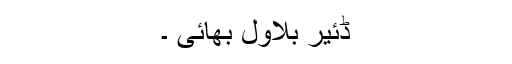
ڈئیر بلاول بھائی ۔